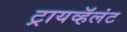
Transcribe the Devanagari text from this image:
ट्रायव्हॅलंट